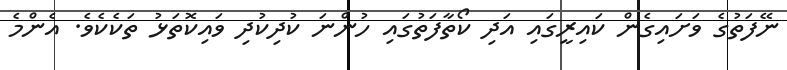
ނޭފަތުގެ ވަށައިގެން ކައިރީގައި އަދި ކޯތާފަތުގައި ހުންނަ ކުދިކުދި ވައިކޮތަޅު ތަކެކެވެ. އެންމެ